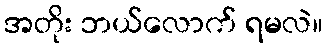
အတိုး ဘယ်လောက် ရမလဲ။